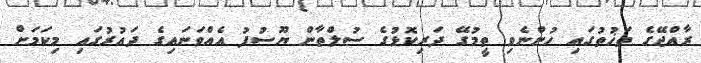
ރާއްޖޭގެ ތަޚުތުގައި ހުންނެވި ތީމުގޭ ދަރިކޮޅުގެ ސުލްތާން ޔޫސުފު އެއްވަނައިގެ ދައުރުގައި މިކަމަށް